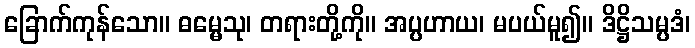
ခြောက်ကုန်သော။ ဓမ္မေသု၊ တရားတို့ကို။ အပ္ပဟာယ၊ မပယ်မူ၍။ ဒိဋ္ဌိသမ္ပဒံ၊